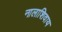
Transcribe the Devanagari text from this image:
नालाशिवाय